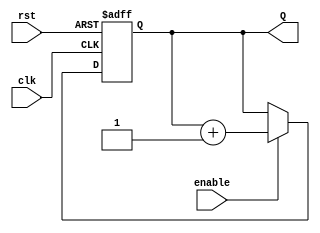
// Coder:           Cuauhtemoc Aguilera
// Module name:	  Counter_Param
// Project Name:	  risc_v_top
// Description:	  Counter param

module Counter_Param
 # (parameter n = 8)
(
    input clk,
    input rst,
    input enable,
    output reg [n-1:0] Q
    );

always @(posedge rst, posedge clk) 
    begin
        if (rst)
            Q <= {n{1'b0}};
        else
            if (enable)
                Q <= Q + 1'b1;
            else
                Q <= Q;
    end 
endmodule